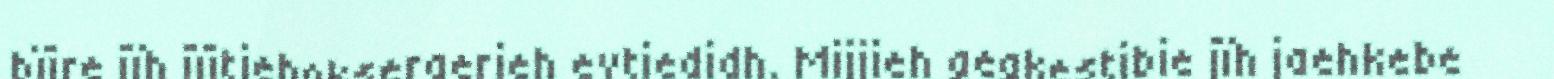
bïjre jïh jïjtjehokseraerieh evtiedidh. Mijjieh gegkestibie jïh jaehkebe